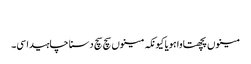
‏
مینوں پچھتاوا ہویا کیونکہ مینوں سچ سچ دسنا چاہیدا سی۔